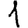
Digit: 1